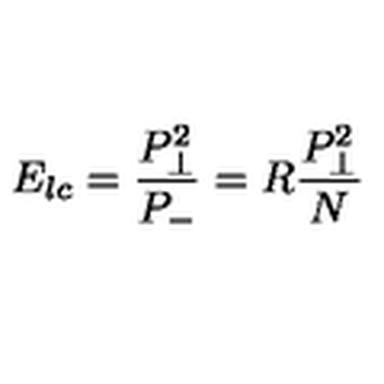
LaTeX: E _ { l c } = { \frac { P _ { \perp } ^ { 2 } } { P _ { - } } } = R { \frac { P _ { \perp } ^ { 2 } } { N } }